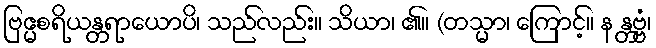
ဗြဧ္မစရိယန္တရာယောပိ၊ သည်လည်း။ သိယာ၊ ၏။ (တသ္မာ၊ ကြောင့်။ န န္တဗ္ဗံ၊